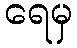
ရေမှ